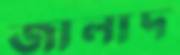
জালাদ